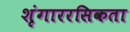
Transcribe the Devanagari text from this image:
शृंगाररसिकता